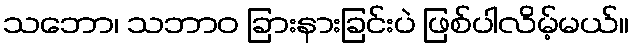
သဘော၊ သဘာဝ ခြားနားခြင်းပဲ ဖြစ်ပါလိမ့်မယ်။